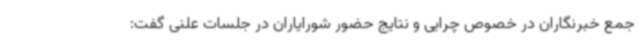
جمع خبرنگاران در خصوص چرایی و نتایج حضور شورایاران در جلسات علنی گفت: